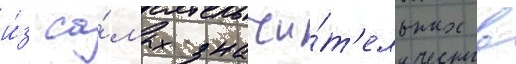
и́з са́мых значи́т'ельных в